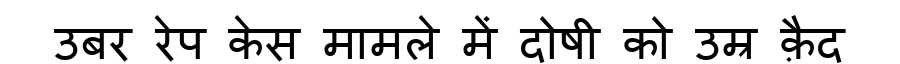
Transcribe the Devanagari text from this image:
उबर रेप केस मामले में दोषी को उम्र क़ैद